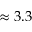
\approx 3 . 3